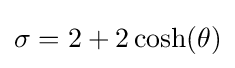
\sigma =2+2\cosh(\theta )